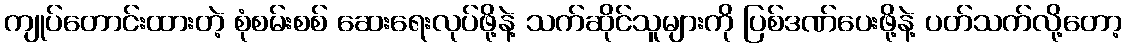
ကျုပ်တောင်းထားတဲ့ စုံစမ်းစစ် ဆေးရေးလုပ်ဖို့နဲ့ သက်ဆိုင်သူများကို ပြစ်ဒဏ်ပေးဖို့နဲ့ ပတ်သက်လို့တော့